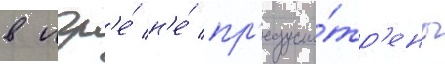
в игр'е́ н'е́ пр'едусмо́тр'ены